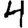
Digit: 4